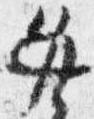
必